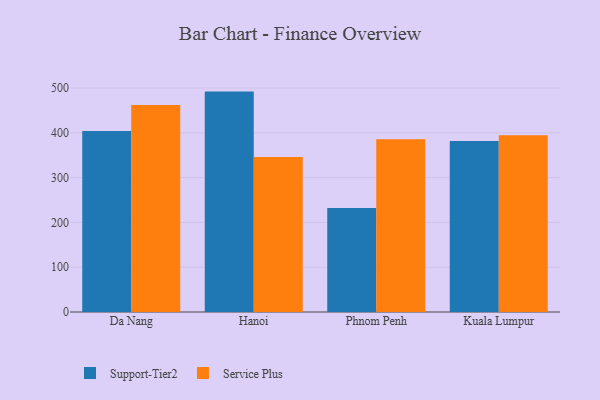
{"axis": {"x": "City", "y": "Latency (ms)"}, "legend": ["Service Plus", "Support-Tier2"], "data": [{"x": "Da Nang", "y": 404.2, "type": "Support-Tier2"}, {"x": "Da Nang", "y": 462.4, "type": "Service Plus"}, {"x": "Hanoi", "y": 492.1, "type": "Support-Tier2"}, {"x": "Hanoi", "y": 346.0, "type": "Service Plus"}, {"x": "Phnom Penh", "y": 232.1, "type": "Support-Tier2"}, {"x": "Phnom Penh", "y": 385.5, "type": "Service Plus"}, {"x": "Kuala Lumpur", "y": 382.0, "type": "Support-Tier2"}, {"x": "Kuala Lumpur", "y": 394.4, "type": "Service Plus"}]}